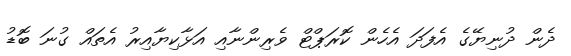
ދެން ދުނިޔޭގެ އެފަދަ އެހެން ކޮރަޕްޓް ވެރިންނާއި އަޅާކިޔާއިރު އެތައް ގުނަ ބޮޑު